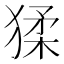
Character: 猱